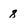
Character: 8